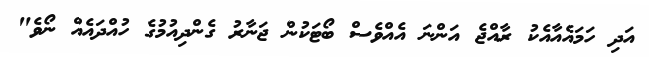
އަދި ހަމައެއާއެކު ރާއްޖެ އަންނަ އެއްވެސް ބޯޓަކުން ޖަނާރު ގެންދިއުމުގެ ހުއްދައެއް ނޯވެ"